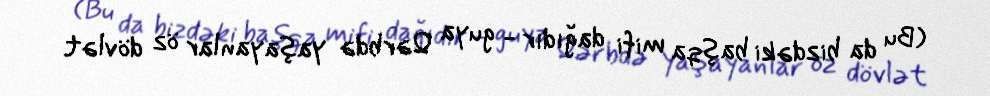
(Bu da bizdəki başqa mifi dağıdır - guya Qərbdə yaşayanlar öz dövlət